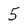
Character: 5